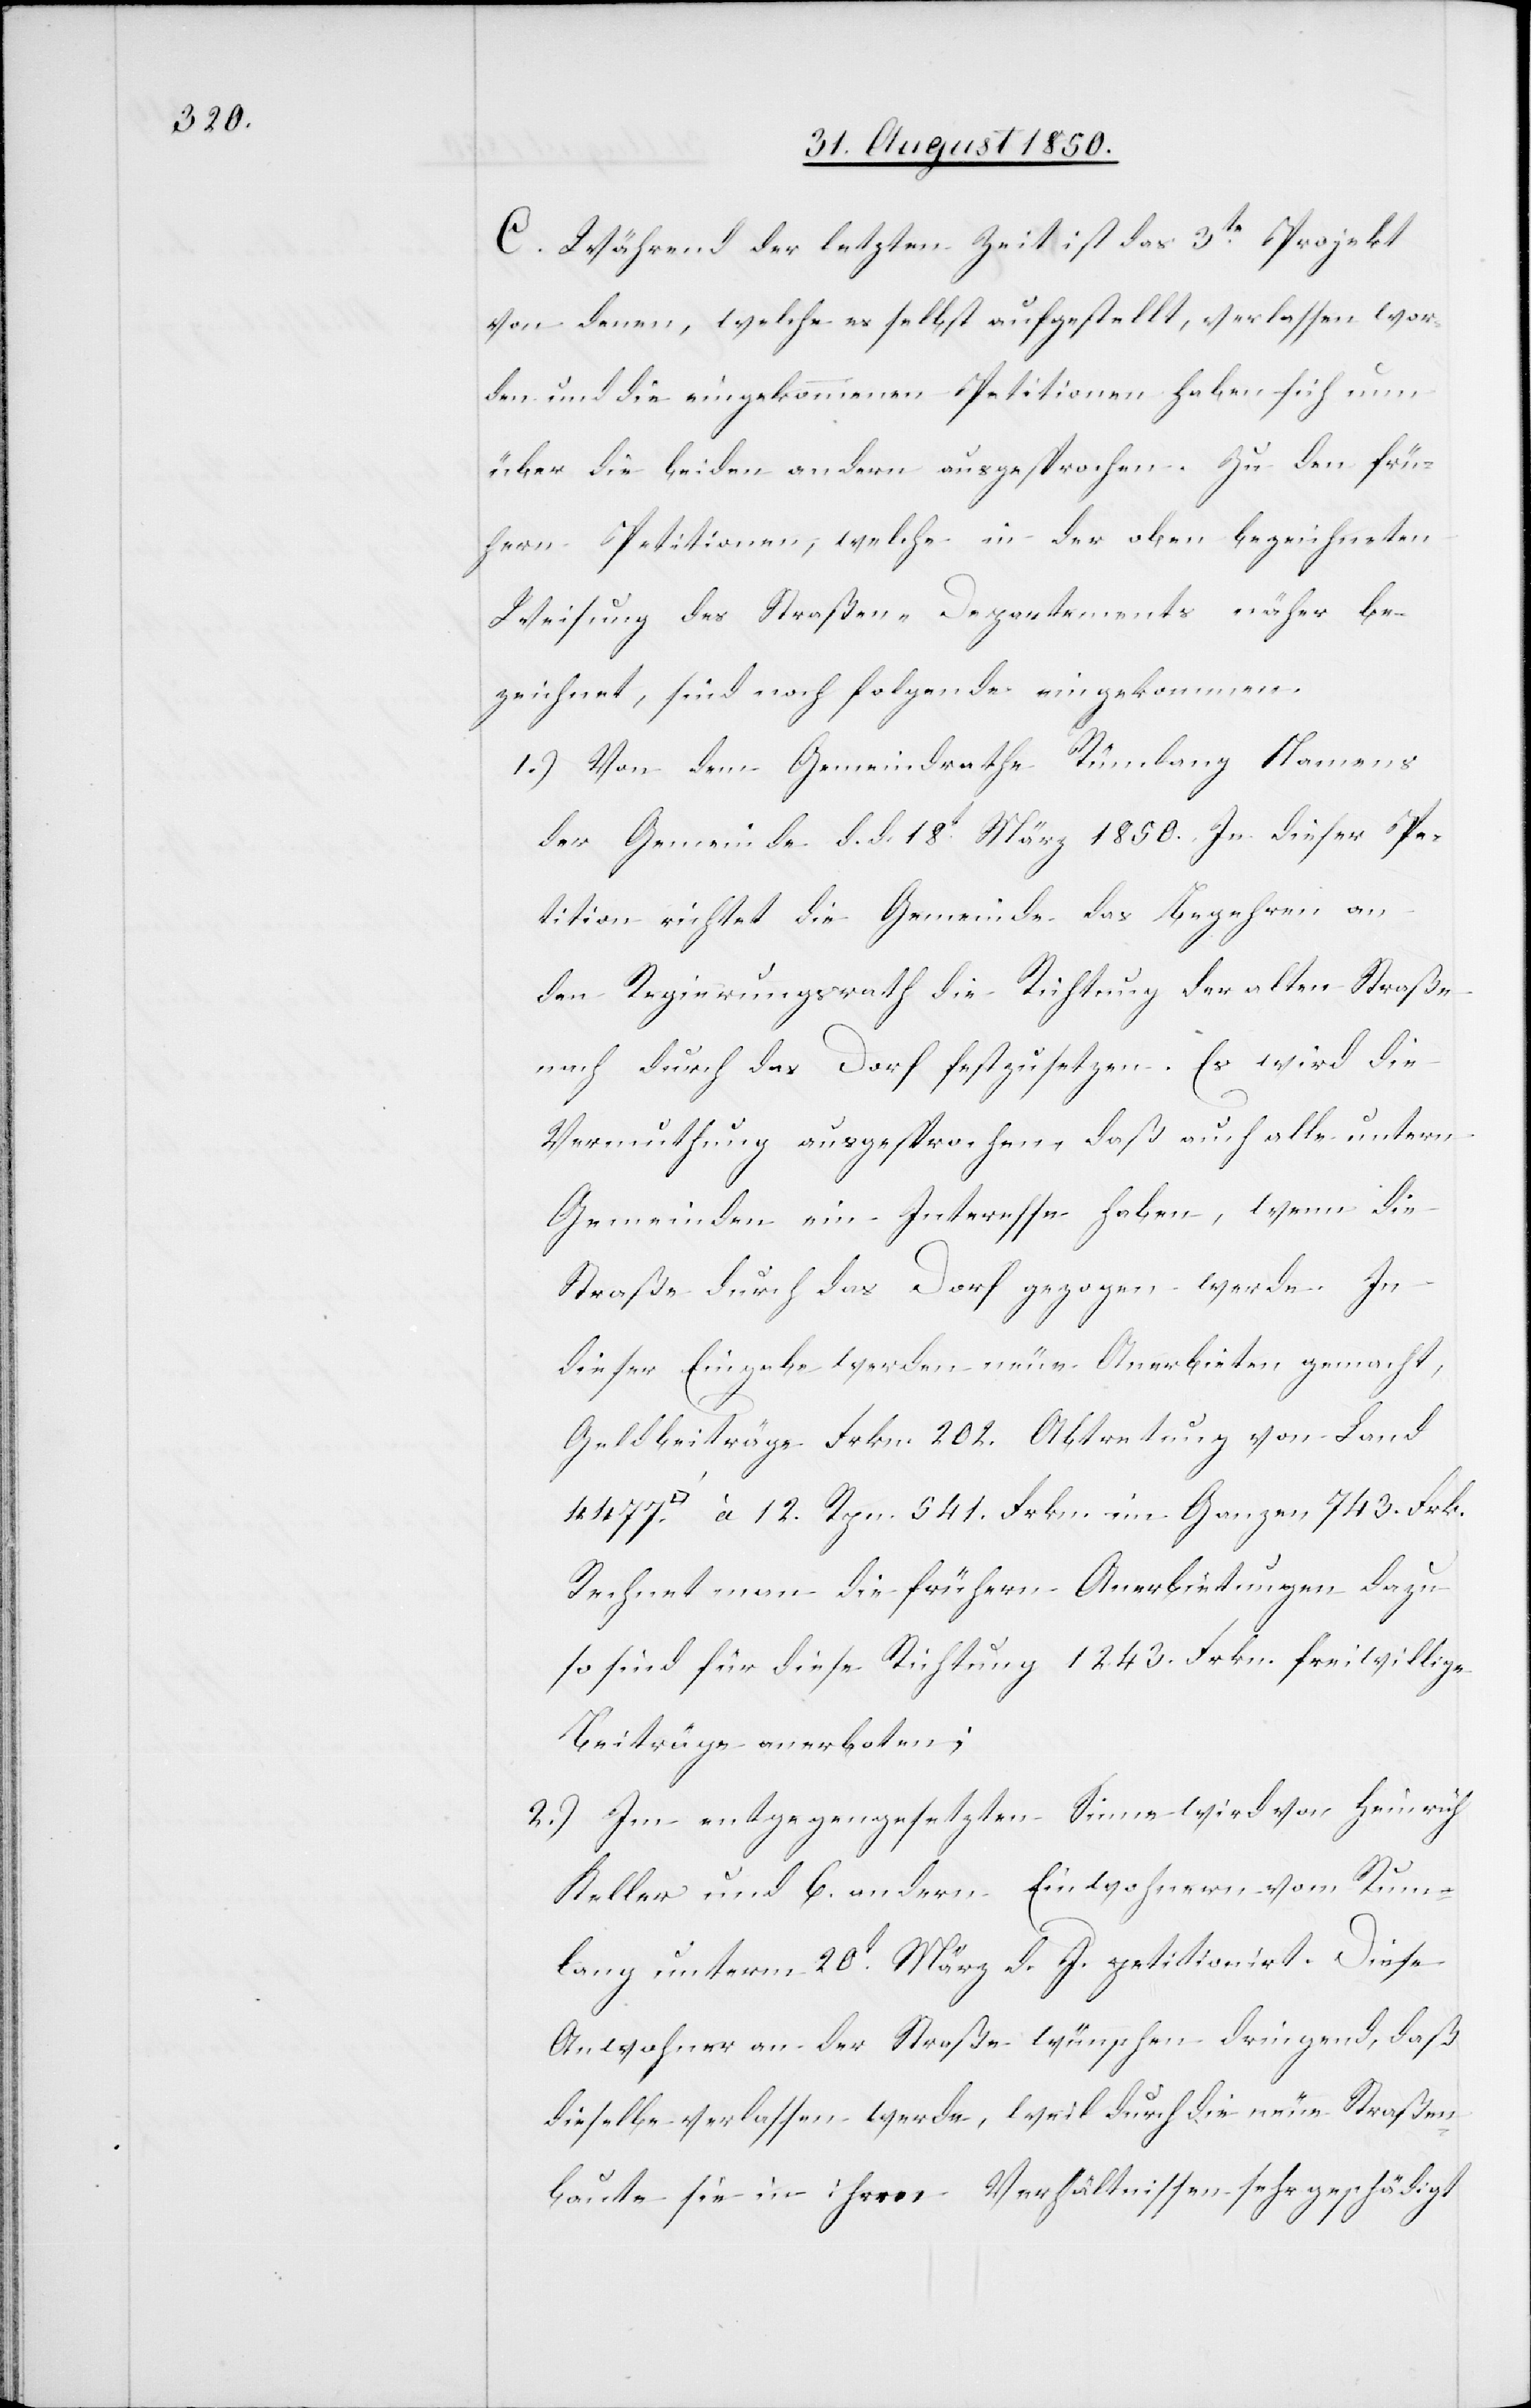
C. Während der letzten Zeit ist das 3te Projekt
von denen, welche es selbst aufgestellt, verlassen wor¬
den und die eingekommenen Petitionen haben sich nun
über die beiden andern ausgesprochen. Zu den frü¬
hern Petitionen, welche in der oben bezeichneten
Weisung des Straßen-Departements näher be¬
zeichnet, sind noch folgende eingekommen.
1.) Von dem Gemeindrathe Rümlang Namens
der Gemeinde d. d. 18t März 1850. In dieser Pe¬
tition richtet die Gemeinde das Begehren an
den Regierungsrath die Richtung der alten Straße
nach durch das Dorf festzusetzen. Es wird die
Vermuthung ausgesprochen, daß auch alle untern
Gemeinden ein Interesse haben, wenn die
Straße durch das Dorf gezogen werde. In
dieser Eingabe werden neue Anerbieten gemacht,
Geldbeiträge Frkn. 202. Abtretung von Land
[Quadratfuss] à 12. Rpn. [=] 541. Frkn.[,] im Ganzen 743. Frk.
Rechnet man die frühern Anerbietungen dazu
so sind für diese Richtung 1243. Frkn. freiwillige
Beiträge anerboten;
2.) Im entgegengesetzten Sinne wird von Heinrich
Keller und 6. andern Einwohnern vom Rum¬
lang unterm 20t März d. J. petitionirt. Diese
Anwohner an der Straße wünschen dringend, daß
dieselbe verlassen werde, weil durch die neue Straßen¬
baute sie in ihren Verhältnissen sehr geschädigt